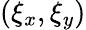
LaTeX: (\xi_{x},\xi_{y})